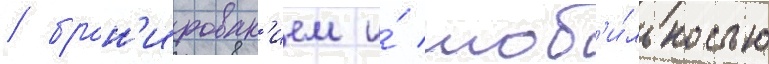
/ брон'ирован'ием и́ моб'и́льностью